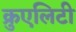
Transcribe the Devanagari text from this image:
क्रुएलिटी